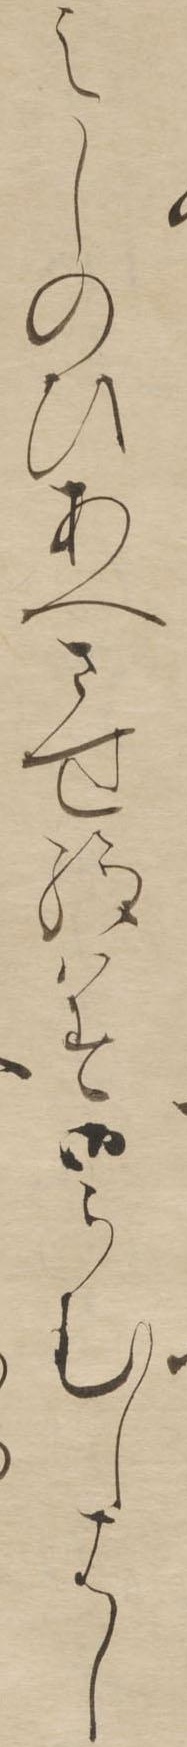
えしのひあへさせ給はす御らむしはし